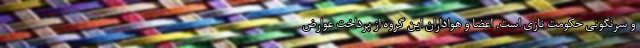
و سرنگونی حکومت نازی است. اعضا و هواداران این گروه از پرداخت عوارض